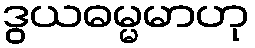
ဒွယဓမ္မမာဟု